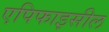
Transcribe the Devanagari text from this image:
एपिफाइसील